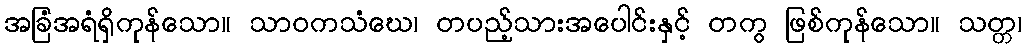
အခြံအရံရှိကုန်သော။ သာဝကသံဃေ၊ တပည့်သားအပေါင်းနှင့် တကွ ဖြစ်ကုန်သော။ သတ္တ၊